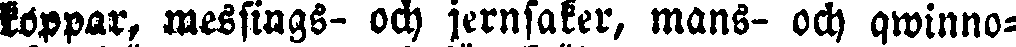
koppar, messings- och jernsaker, mans- och qwinno-